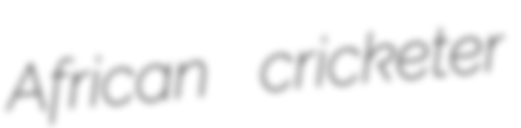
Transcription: African cricketer